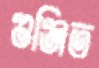
গুঞ্জিত